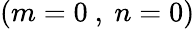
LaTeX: {(m=0\mathrm{~,~}n=0)}